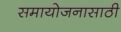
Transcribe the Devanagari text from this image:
समायोजनासाठी